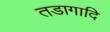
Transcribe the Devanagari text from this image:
तडागादि